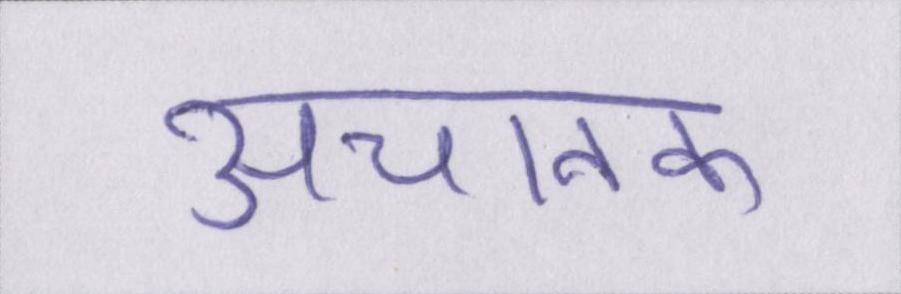
अचानक